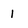
Character: l